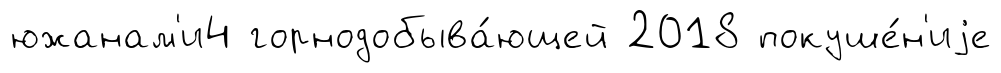
южанам'и4 горнодобыва́ющей 2018 покуше́н'иjе